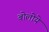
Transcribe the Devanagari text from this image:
बोलोये